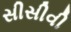
સીસીવી